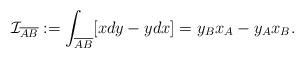
LaTeX: \begin{align*} \mathcal{I}_{\overline{AB}}:=\int_{\overline{AB}} [x dy - y dx]= y_B x_A - y_A x_B.\end{align*}